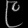
Digit: ၉